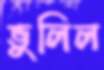
ভুলিল